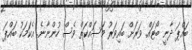
ބައްޕަ ދާނީ ބޯޓައް. ވަރަށް ބައިވަރު މަސައްކަތް ވެސް ހުންނާނެ. އެކަމަކު ބައްޕަ